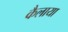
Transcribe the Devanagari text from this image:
कैलाया